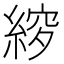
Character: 𮈠